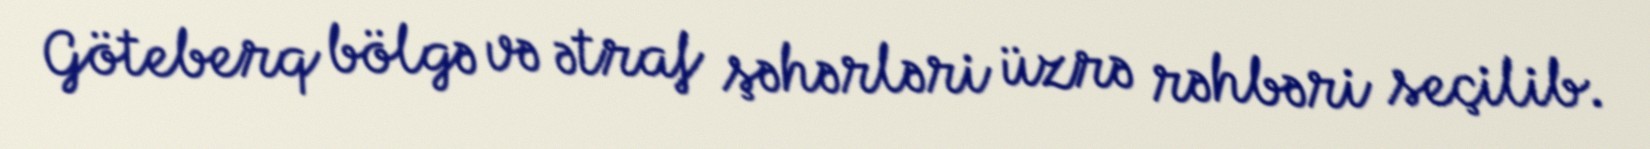
Göteberq bölgə və ətraf şəhərləri üzrə rəhbəri seçilib.